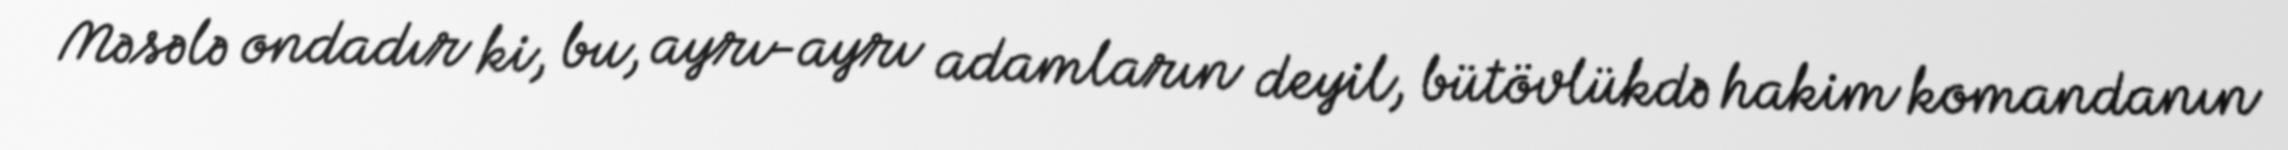
Məsələ ondadır ki, bu, ayrı-ayrı adamların deyil, bütövlükdə hakim komandanın